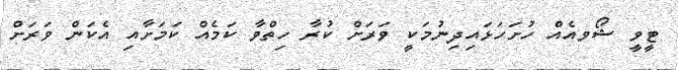
ޓީވީ ޝޯވއެއް ހުށަހަޅައިދިނުމަކީ ވަރަށް ކުރާ ހިތްވާ ކަމެއް ކަމަށާއި އެކަން ވަރަށް